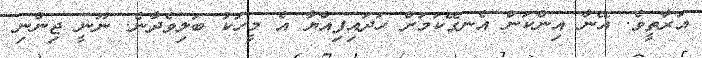
އަރާތީވެ. އޭނާ އިންކަން އެނގޭކަމަށް ހަދައިފިއްޔާ އެ މީހަކު ބަލިވެދާނެ. ނޫނީ ޖިންނި